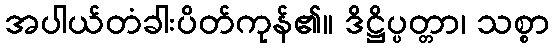
အပါယ်တံခါးပိတ်ကုန်၏။ ဒိဋ္ဌိပ္ပတ္တာ၊ သစ္စာ